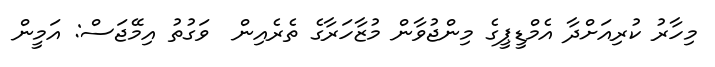
މިހާރު ކުރިއަށްދާ އެމްޑީޕީގެ މިންޖުވާން މުޒާހަރާގެ ތެރެއިން  ވަގުތު އިމޭޖަސް: އަމީން